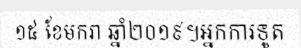
១៥ ខែមករា ឆ្នាំ២០១៩។អ្នកការទូត